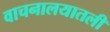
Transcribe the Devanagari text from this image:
वाचनालयातली